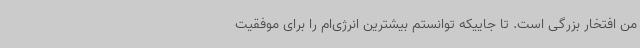
من افتخار بزرگی است. تا جاییکه توانستم بیشترین انرژی‌ام را برای موفقیت